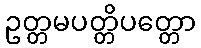
ဥတ္တမပတ္တိပတ္တော